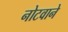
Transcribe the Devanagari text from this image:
नोटवाने